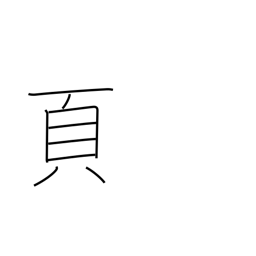
Meaning: page